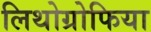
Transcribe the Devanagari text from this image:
लिथोग्रोफिया